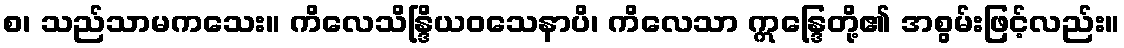
စ၊ သည်သာမကသေး။ ကိလေသိန္ဒြိယဝသေနာပိ၊ ကိလေသာ ဣန္ဒြေတို့၏ အစွမ်းဖြင့်လည်း။